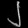
Digit: ၂